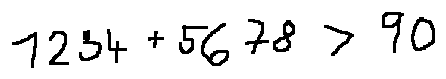
1 2 3 4 + 5 6 7 8 > 9 0